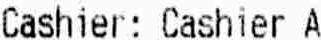
CASHIER: CASHIER A